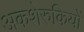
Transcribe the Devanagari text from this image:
अकशेरुकियों